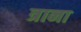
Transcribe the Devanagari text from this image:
त्राना